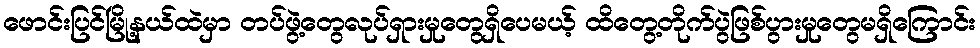
ဖောင်းပြင်မြို့နယ်ထဲမှာ တပ်ဖွဲ့တွေလုပ်ရှားမှုတွေရှိပေမယ့် ထိတွေ့တိုက်ပွဲဖြစ်ပွားမှုတွေမရှိကြောင်း